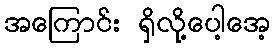
အကြောင်း ရှိလို့ပေါ့အေ့